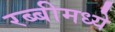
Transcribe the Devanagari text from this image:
रब्बीमध्ये